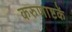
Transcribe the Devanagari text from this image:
करुणाष्टकें